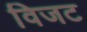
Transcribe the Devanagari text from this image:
विजट